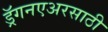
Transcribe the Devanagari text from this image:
ड्रॅगनएअरसाठी